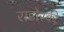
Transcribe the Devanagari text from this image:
राडोस्की